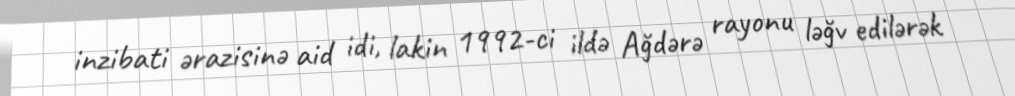
inzibati ərazisinə aid idi, lakin 1992-ci ildə Ağdərə rayonu ləğv edilərək